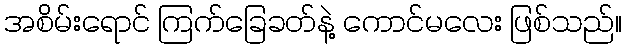
အစိမ်းရောင် ကြက်ခြေခတ်နဲ့ ကောင်မလေး ဖြစ်သည်။